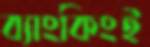
ব্যাংকিংই